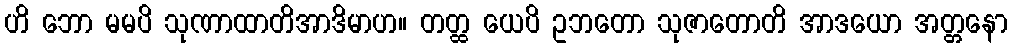
ဟိ ဘော မမပိ သုဏာထာတိအာဒိမာဟ။ တတ္ထ ယေပိ ဥဘတော သုဇာတောတိ အာဒယော အတ္တနော